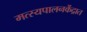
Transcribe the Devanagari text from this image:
मत्स्यपालनकेंद्रात